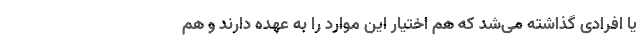
یا افرادی گذاشته می‌شد که هم اختیار این موارد را به عهده دارند و هم